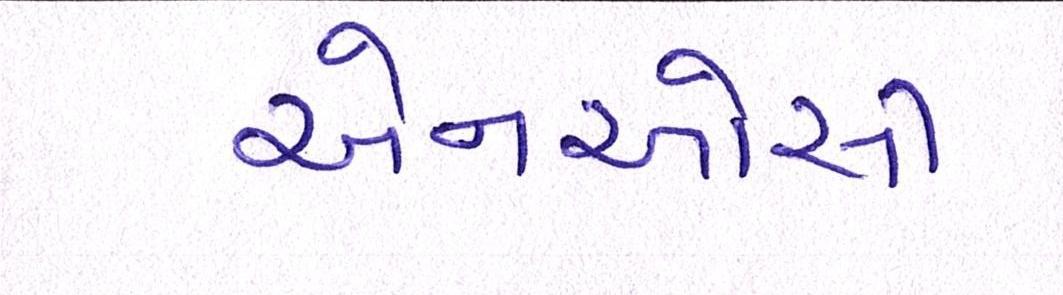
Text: એનઓસી